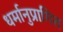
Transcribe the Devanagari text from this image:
धर्मानुप्रागित